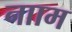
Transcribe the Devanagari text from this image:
नााम